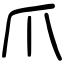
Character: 爪